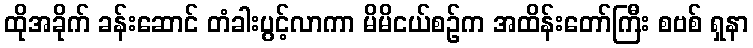
ထိုအခိုက် ခန်းဆောင် တံခါးပွင့်လာကာ မိမိငယ်စဉ်က အထိန်းတော်ကြီး စဗစ် ရှနာ